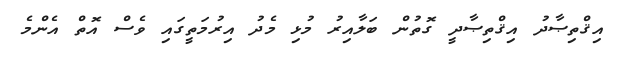
އިޤްތިޞާދު އިޤްތިޞާދީ ގޮތުން ބަލާއިރު މުޅި މެދު އިރުމަތީގައި ވެސް އޮތް އެންމެ